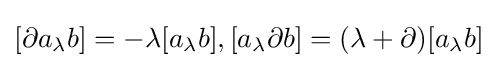
[\partial a_{\lambda }b]=-\lambda [a_{\lambda }b],[a_{\lambda }\partial b]=(\lambda +\partial )[a_{\lambda }b]